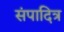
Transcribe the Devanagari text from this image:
संपादित्र